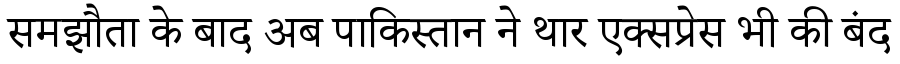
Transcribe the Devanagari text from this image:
समझौता के बाद अब पाकिस्तान ने थार एक्सप्रेस भी की बंद